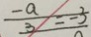
\frac { - a } { 3 } = - 3